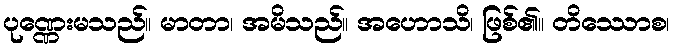
ပုဏ္ဏေးမသည်။ မာတာ၊ အမိသည်။ အဟောသိ၊ ဖြစ်၏။ တိဿောစ၊